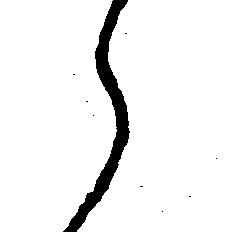
え